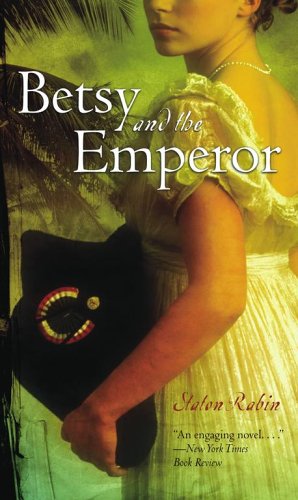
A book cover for Betsy and the Emperor; Staton Rabin; Teen & Young Adult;